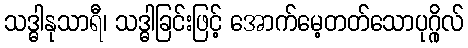
သဒ္ဓါနုသာရီ၊ သဒ္ဓါခြင်းဖြင့် အောက်မေ့တတ်သောပုဂ္ဂိုလ်